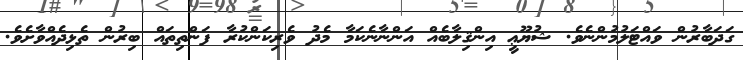
ގަދަބާރުން ވައްޓަލުމުންނެވެ. ޝުޔޫޢީ އިންޤިލާބެއް އަންނާނެކަމާ މެދު ވެރިކަންކުރާ ފަންތިތައް ބިރުން ތެޅިދެއްވާށެވެ.